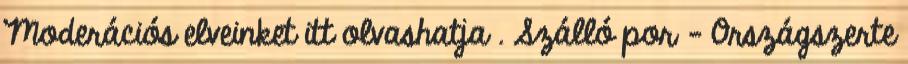
Moderációs elveinket itt olvashatja . Szálló por – Országszerte